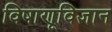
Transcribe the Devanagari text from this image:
विषाणूविज्ञान